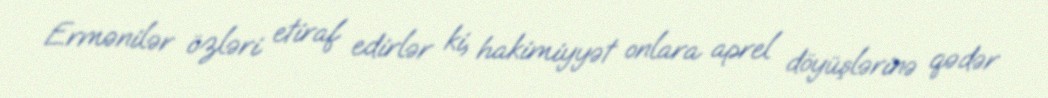
Ermənilər özləri etiraf edirlər ki, hakimiyyət onlara aprel döyüşlərinə qədər